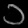
Digit: ၁